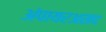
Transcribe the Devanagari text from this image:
अंपायरअसद